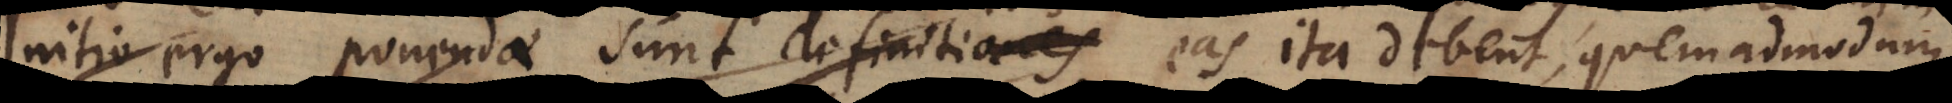
Initio ergo ponenda sunt definitiones eas ita debent, quemadmodum